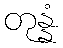
တုန္နံ